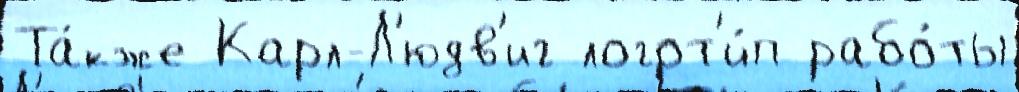
Та́кже Карл-Л'юдв'иг логот'и́п рабо́ты